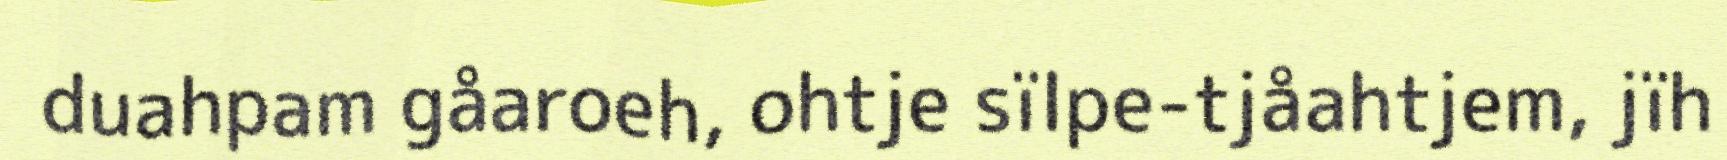
duahpam gåaroeh, ohtje sïlpe-tjåahtjem, jïh